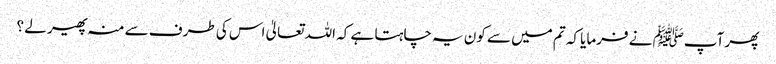
پھر آپﷺ نے فرمایا کہ تم میں سے کون یہ چاہتا ہے کہ اللہ تعالیٰ اس کی طرف سے منہ پھیر لے ؟